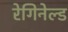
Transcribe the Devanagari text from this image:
रेगिनेल्‍ड